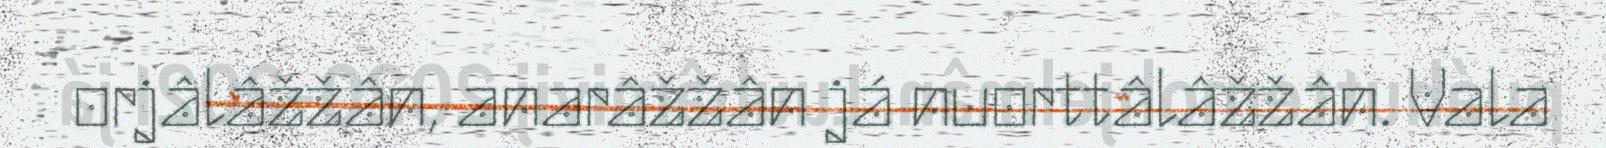
orjâlâžžân, anarâžžân já nuorttâlâžžân. Vala